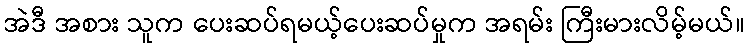
အဲဒီ အစား သူက ပေးဆပ်ရမယ့်ပေးဆပ်မှုက အရမ်း ကြီးမားလိမ့်မယ်။